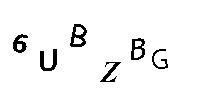
6UBZBG